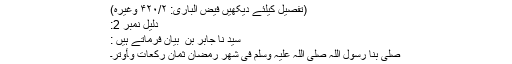
(تفصیل کیلئے دیکھیں فیض الباری: ۴۲۰/۲ وغیرہ)
دلیل نمبر 2:
سید نا جابر بن ؓ بیان فرماتے ہیں :
صلّٰی بنا رسول اللہ صَلّٰی اللہ علیہ وسلَم فی شھر رمضان ثمان رکعات و‍أوتر۔